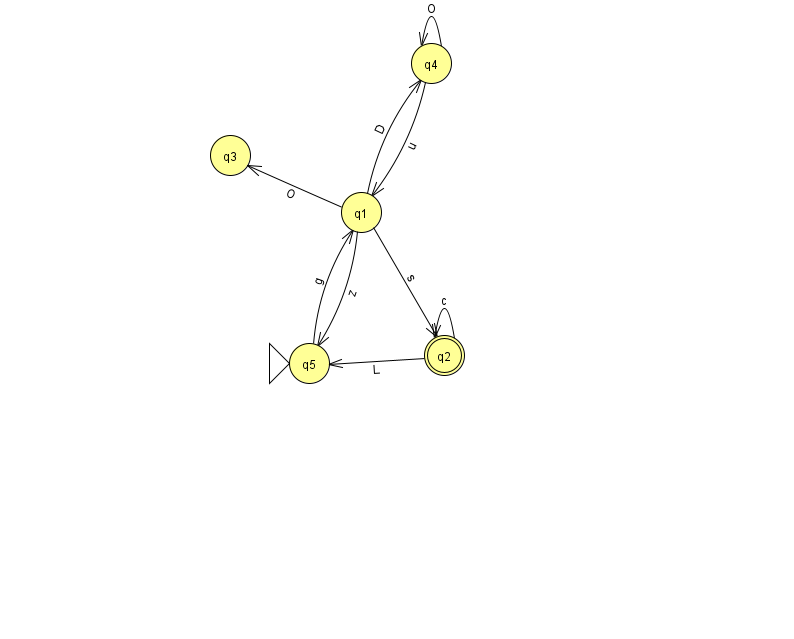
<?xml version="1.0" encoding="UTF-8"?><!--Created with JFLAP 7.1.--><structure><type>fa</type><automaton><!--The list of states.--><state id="0" name="q0"><x>830.0</x><y>296.0</y></state><state id="1" name="q1"><x>361.0</x><y>199.0</y></state><state id="2" name="q2"><x>444.0</x><y>342.0</y><final/></state><state id="3" name="q3"><x>230.0</x><y>142.0</y></state><state id="4" name="q4"><x>431.0</x><y>50.0</y></state><state id="5" name="q5"><x>309.0</x><y>350.0</y><initial/></state><!--The list of transitions.--><transition><from>1</from><to>4</to><read>D</read></transition><transition><from>4</from><to>1</to><read>u</read></transition><transition><from>2</from><to>2</to><read>c</read></transition><transition><from>2</from><to>5</to><read>L</read></transition><transition><from>5</from><to>1</to><read>g</read></transition><transition><from>0</from><to>0</to><read>F</read></transition><transition><from>1</from><to>5</to><read>z</read></transition><transition><from>1</from><to>3</to><read>O</read></transition><transition><from>1</from><to>2</to><read>s</read></transition><transition><from>4</from><to>4</to><read>O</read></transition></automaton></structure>